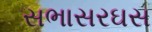
સભાસરઘસ